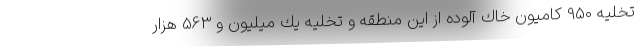
تخليه 950 كاميون خاك آلوده از اين منطقه و تخليه يك ميليون و 563 هزار